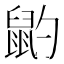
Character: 䶂